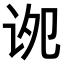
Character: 𫍠